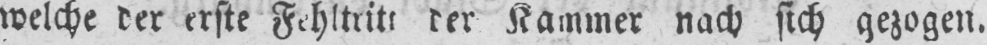
Kammer nach sich gezogen.